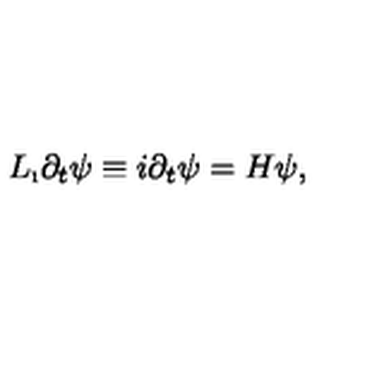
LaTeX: L _ { \i } \partial _ { t } \psi \equiv i \partial _ { t } \psi = H \psi ,